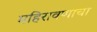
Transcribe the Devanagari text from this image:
महिरावणाचा